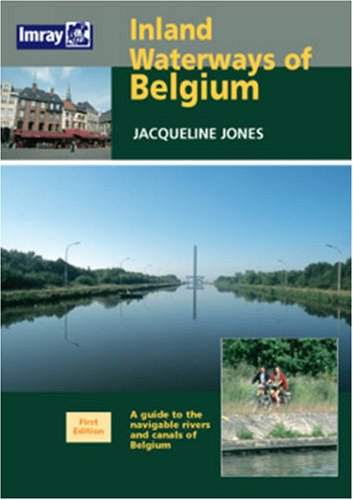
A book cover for Inland Waterways of Belgium: A Guide to the Navigable Rivers and Canals of Belgium; Jacqueline Jones; Travel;